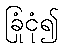
ခြုံငုံ၍